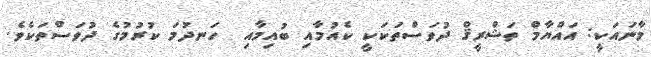
މާނައަކީ: އައްޔާމް ތަޝްރީޤް ދުވަސްތަކަކީ ކެއުމާއި ބުއިމާއި  ހަނދުމަ ކުރުމުގެ ދުވަސްތަކެވެ.